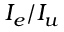
I _ { e } / I _ { u }